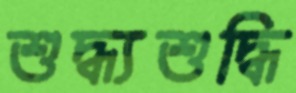
শুদ্ধ্যশুদ্ধি